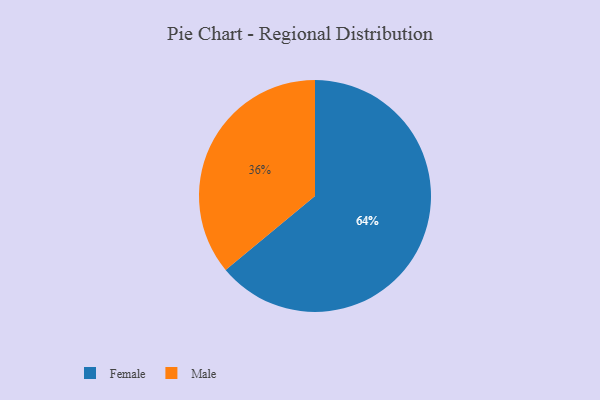
{"axis": {"x": "Category", "y": "Percentage"}, "legend": ["Female", "Male"], "data": [{"x": "Female", "y": 64, "type": "Female"}, {"x": "Male", "y": 36, "type": "Male"}]}